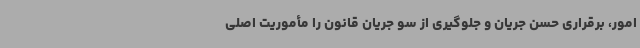
امور، برقراری حسن جریان و جلوگیری از سو جریان قانون را مأموریت اصلی